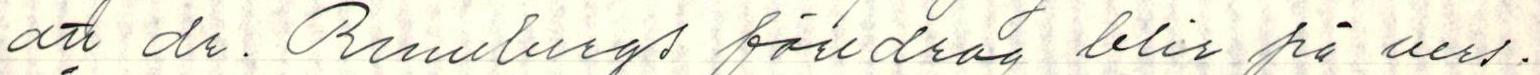
att dr. Runebergs föredrag blir på vers.